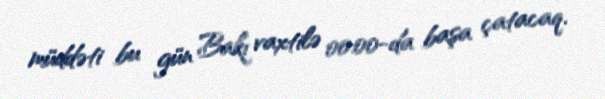
müddəti bu gün Bakı vaxtilə 00:00-da başa çatacaq.